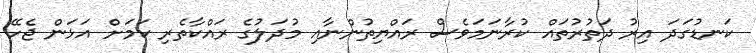
ކަނޑުގަދަ އިރު ދަތުރުތައް ކުރާނަމަވެސް ރައްޔިތުންނާއި މުދަލުގެ ރައްކާތެރި ކަމަށް އަޅަން ޖެހޭ